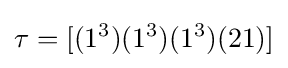
\tau =[(1^{3})(1^{3})(1^{3})(21)]